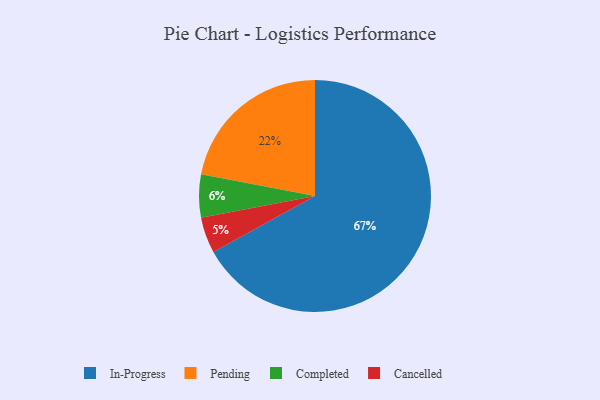
{"axis": {"x": "Category", "y": "Percentage"}, "legend": ["Cancelled", "Completed", "In-Progress", "Pending"], "data": [{"x": "Cancelled", "y": 5, "type": "Cancelled"}, {"x": "In-Progress", "y": 67, "type": "In-Progress"}, {"x": "Completed", "y": 6, "type": "Completed"}, {"x": "Pending", "y": 22, "type": "Pending"}]}